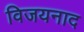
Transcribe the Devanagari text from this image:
विजयनाद